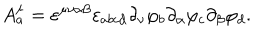
A _ { a } ^ { \mu } = \varepsilon ^ { \mu \nu \alpha \beta } \varepsilon _ { a b c d } \partial _ { \nu } \varphi _ { b } \partial _ { \alpha } \varphi _ { c } \partial _ { \beta } \varphi _ { d } .